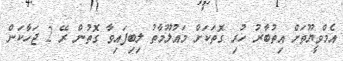
އެމްވީޔޫތަށް އިތުބާރު ހުރި ގޮތަކަށް މައުލޫމާތު ލިބިފައިވާ ގޮތުން ރޭ 2 ޖަހާކަން